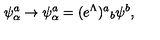
\psi _ { \alpha } ^ { a } \rightarrow \psi _ { \alpha } ^ { a } = ( e ^ { \Lambda } ) { } ^ { a } { } _ { b } \psi ^ { b } ,